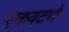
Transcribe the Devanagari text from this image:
एकवटणे